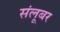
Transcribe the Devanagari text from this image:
संलूबर